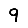
Digit: 9